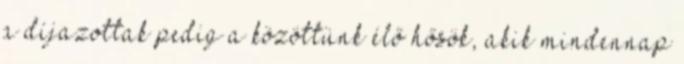
a díjazottak pedig a közöttünk élő hősök, akik mindennap